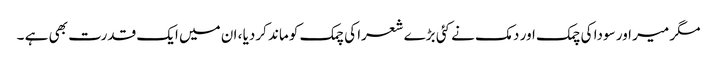
مگر میر اور سودا کی چمک اور دمک نے کئی بڑے شعرا کی چمک کو ماند کردیا ، ان میں ایک قدرت بھی ہے ۔